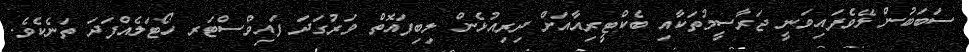
ސަބަބުން ލޭވެފައިވަނީ ޖަރާސީމުތަކާއި ބެކްޓީރިއާއަށް ދިރިއުޅެން ލިބިފައޮތް ވަރުގަދަ ފައިވްސްޓަރ ހޯޓަލެއްފަދަ ތަނެކެވެ.